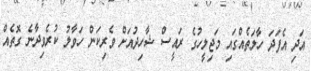
އަދި އެފަދަ ހާލަތެއްގައި މަޖިލީހުގެ ރައީސް ޝާހިދުއަށް ވެރިކަން ހަވާލު ކުރެވިދާނެ ގޮތެއް